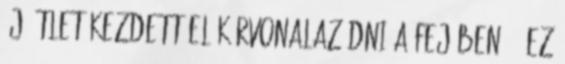
új ötlet kezdett el körvonalazódni a fejében. – Ez